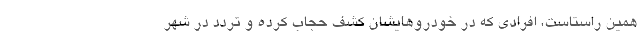
همین راستاست، افرادی که در خودروهایشان کشف حجاب کرده و تردد در شهر